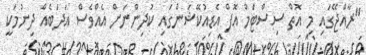
"ރާއްޖޭގައި މި އޮތް ސިސްޓަމް އޮފް އެޑިއުކޭޝަންގައި ކުދިންނަށް އެއްވެސް އަދަބެއް ދިނުމަކީ